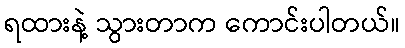
ရထားနဲ့ သွားတာက ကောင်းပါတယ်။